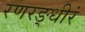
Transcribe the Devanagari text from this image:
रणरङ्धीरं